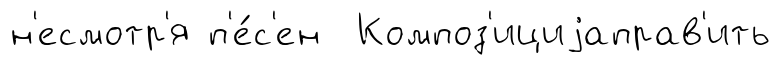
н'есмотр'я п'е́с'ен Композ'ициjаправ'ить